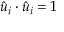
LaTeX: { \hat { u } } _ { i } \cdot { \hat { u } } _ { i } = 1